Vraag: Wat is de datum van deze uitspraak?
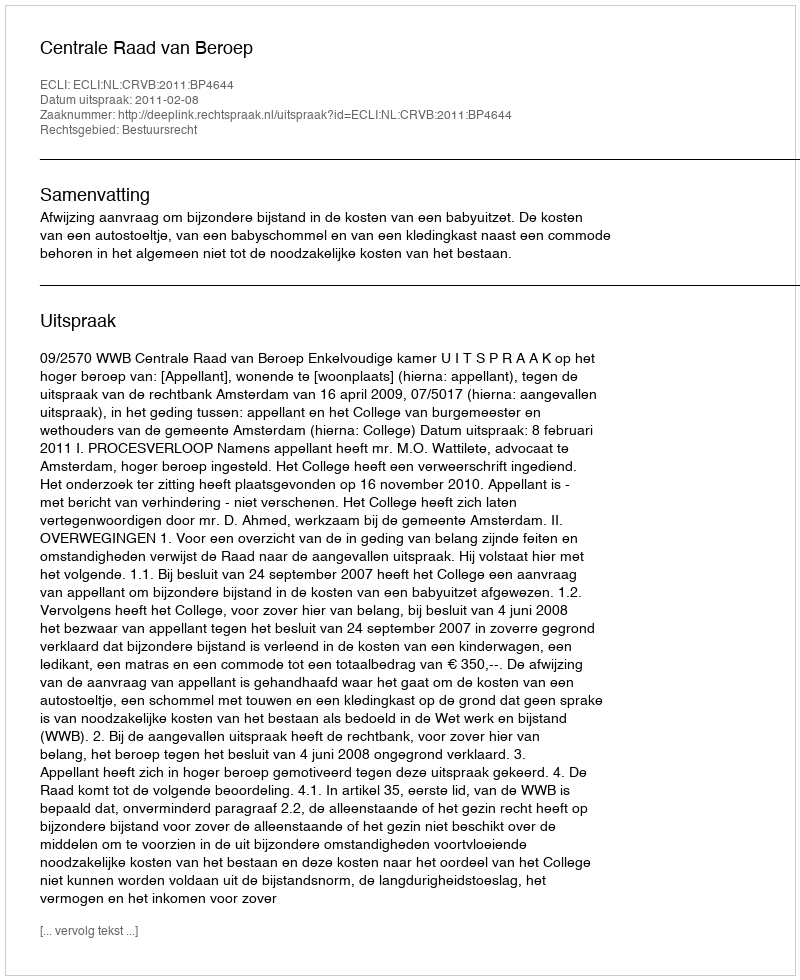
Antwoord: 2011-02-08